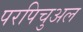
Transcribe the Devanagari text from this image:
परपिचुअल